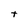
Character: t